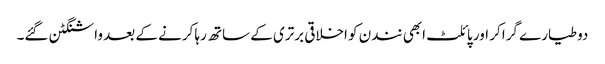
دو طیارے گرا کر اور پائلٹ ابھی نندن کو اخلاقی برتری کے ساتھ رہا کرنے کے بعد واشنگٹن گئے۔